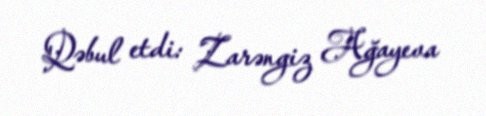
Qəbul etdi: Zarəngiz Ağayeva